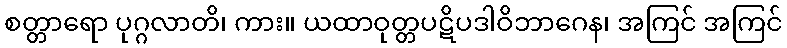
စတ္တာရော ပုဂ္ဂလာတိ၊ ကား။ ယထာဝုတ္တပဋိပဒါဝိဘာဂေန၊ အကြင် အကြင်